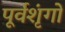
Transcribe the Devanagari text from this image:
पूर्वशृंगों